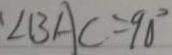
\angle B A C = 9 0 ^ { \circ }